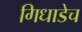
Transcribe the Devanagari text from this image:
गिधाडेच